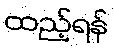
ထည့်ရန်